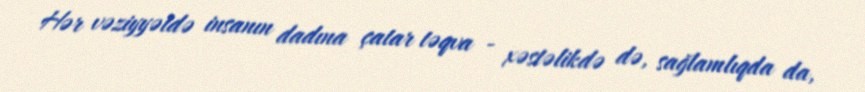
Hər vəziyyətdə insanın dadına çatar təqva - xəstəlikdə də, sağlamlıqda da,